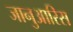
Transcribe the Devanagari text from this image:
जानुआरिस